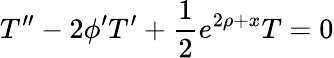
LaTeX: T^{\prime\prime}-2\phi^{\prime}T^{\prime}+\frac{1}{2}e^{2\rho+x}T=0